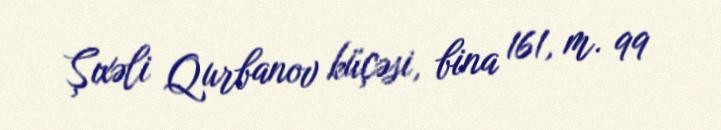
Şıxəli Qurbanov küçəsi, bina 161, m. 99